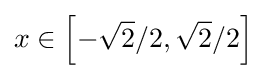
x\in \left[-{\sqrt {2}}/2,{\sqrt {2}}/2\right]